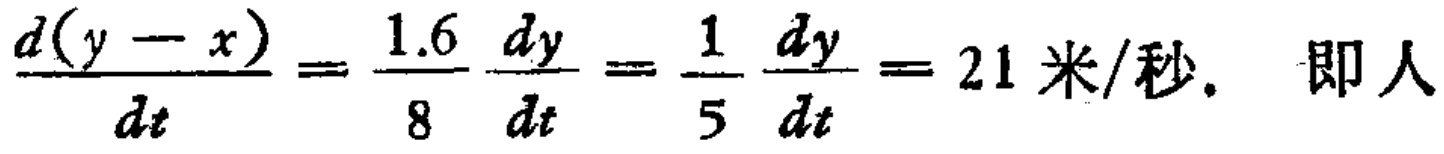
\(\frac{d(y - x)}{dt}=\frac{1.6}{8}\frac{dy}{dt}=\frac{1}{5}\frac{dy}{dt}=21 \text{ 米/秒.}\) 即人